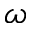
\omega